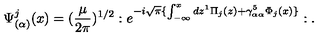
\Psi _ { ( \alpha ) } ^ { j } ( x ) = ( \frac { \mu } { 2 \pi } ) ^ { 1 / 2 } : e ^ { - i \sqrt { \pi } \{ \int _ { - \infty } ^ { x } d z ^ { 1 } \Pi _ { j } ( z ) + \gamma _ { \alpha \alpha } ^ { 5 } \Phi _ { j } ( x ) \} } : .